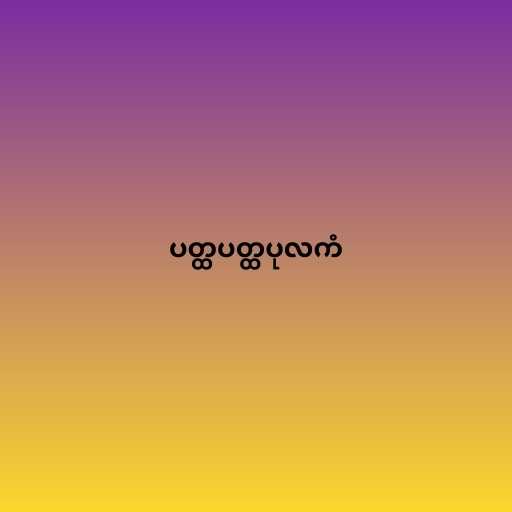
ပတ္ထပတ္ထပုလကံ